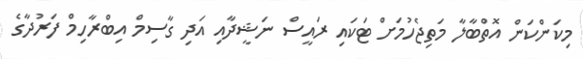
މިކަންކަން އޮތްބާލާ މަތިޖެހުމަށް ޓަކައި ރައީސް ނަޝީދާއި އަދި ގާސިމް އިބްރާހިމް ފަރުދާގެ